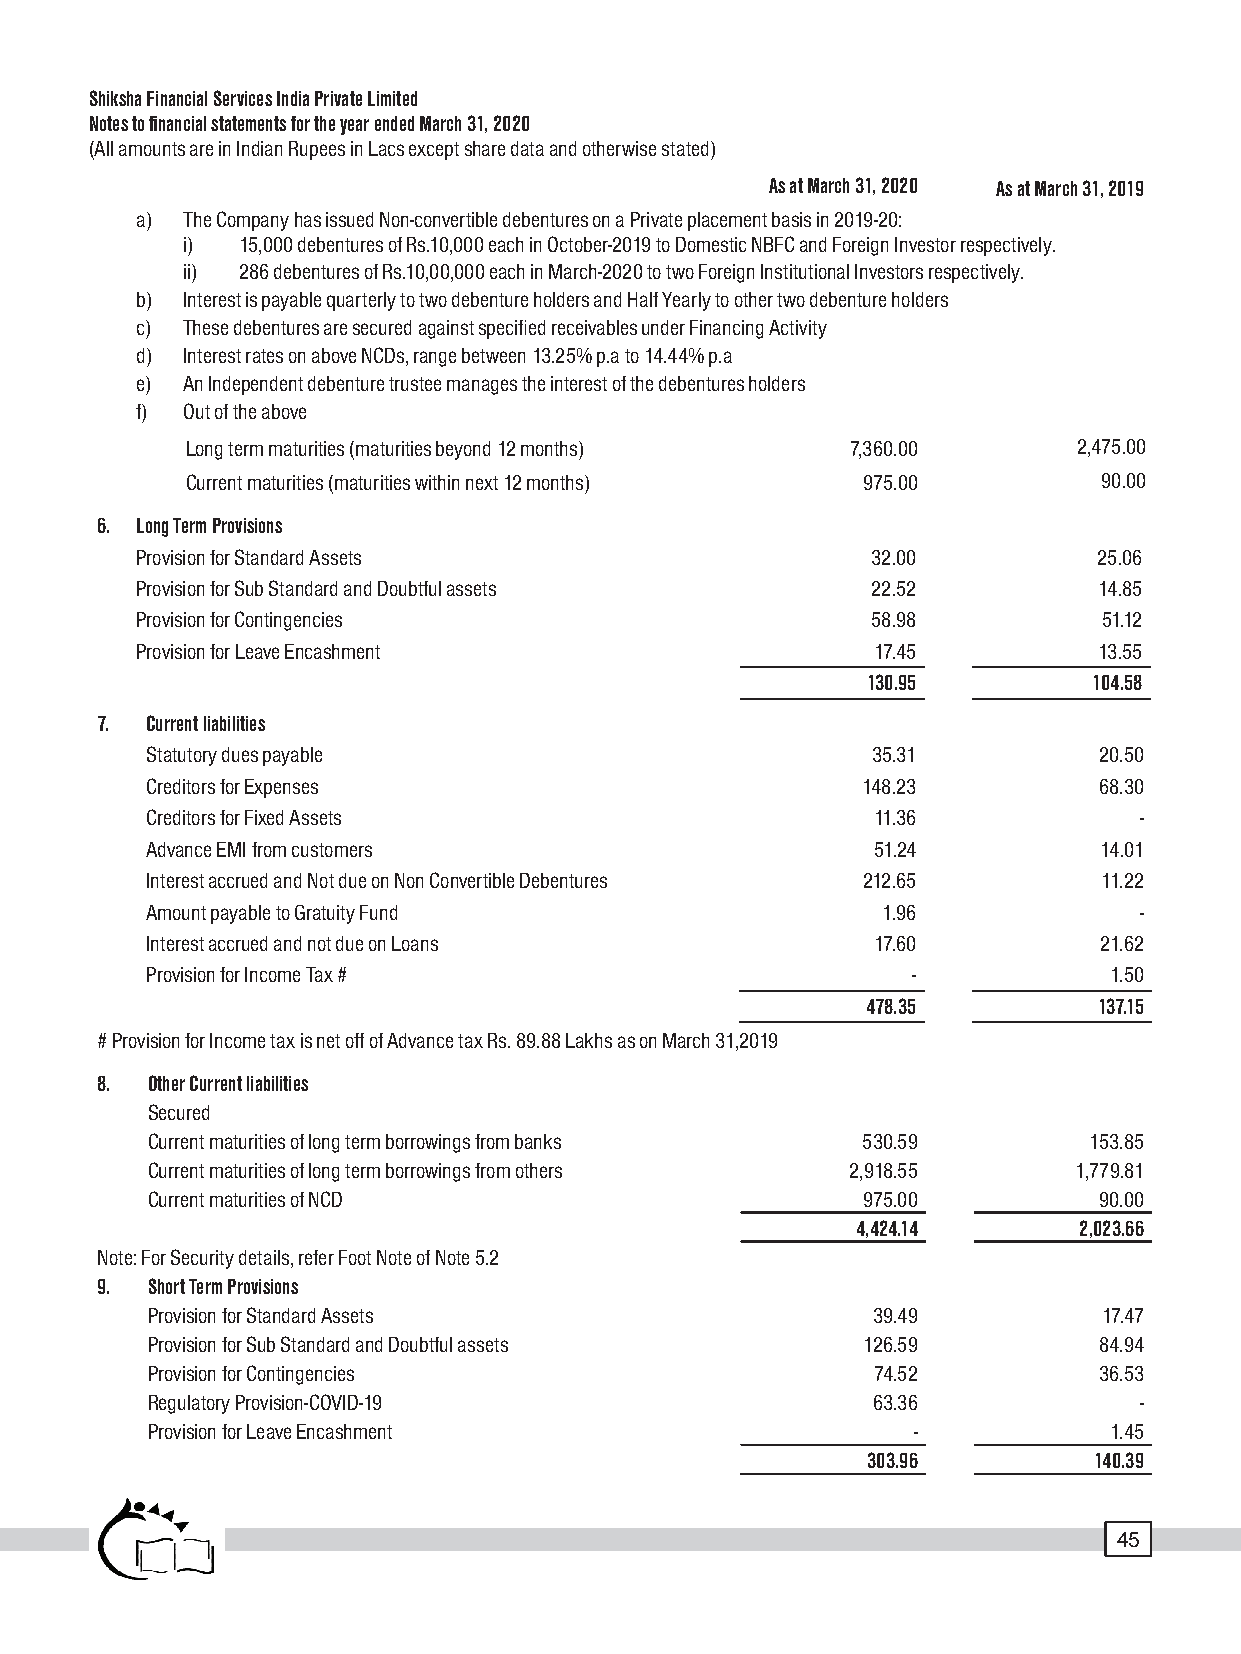
Shiksha Financial Services India Private Limited
 Notes to financial statements for the year ended March 31, 2020
 (All amounts are in Indian Rupees in Lacs except share data and otherwise stated)
 As at March 31, 2020 As at March 31, 2019
 a) The Company has issued Non-convertible debentures on a Private placement basis in 2019-20:
 i)  15,000 debentures of Rs.10,000 each in October-2019 to Domestic NBFC and Foreign Investor respectively.
 ii) 286 debentures of Rs.10,00,000 each in March-2020 to two Foreign Institutional Investors respectively.
 b) Interest is payable quarterly to two debenture holders and Half Yearly to other two debenture holders
 c) These debentures are secured against specified receivables under Financing Activity
 d) Interest rates on above NCDs, range between 13.25% p.a to 14.44% p.a
 e) An Independent debenture trustee manages the interest of the debentures holders
 f) Out of the above
 Long term maturities (maturities beyond 12 months) 7,360.00 2,475.00
 Current maturities (maturities within next 12 months) 975.00 90.00
 6. Long Term Provisions
 Provision for Standard Assets                    32.00          25.06
 Provision for Sub Standard and Doubtful assets   22.52          14.85
 Provision for Contingencies                      58.98          51.12
 Provision for Leave Encashment                   17.45          13.55
 130.95         104.58
 7.  Current liabilities
 Statutory dues payable                          35.31          20.50
 Creditors for Expenses                         148.23          68.30
 Creditors for Fixed Assets                      11.36            -
 Advance EMI from customers                      51.24          14.01
 Interest accrued and Not due on Non Convertible Debentures 212.65 11.22
 Amount payable to Gratuity Fund                 1.96             -
 Interest accrued and not due on Loans           17.60          21.62
 Provision for Income Tax #                        -            1.50
 478.35          137.15
 # Provision for Income tax is net off of Advance tax Rs. 89.88 Lakhs as on March 31,2019
 8.  Other Current liabilities
 Secured
 Current maturities of long term borrowings from banks 530.59  153.85
 Current maturities of long term borrowings from others 2,918.55 1,779.81
 Current maturities of NCD                      975.00          90.00
 4,424.14      2,023.66
 Note: For Security details, refer Foot Note of Note 5.2
 9.  Short Term Provisions
 Provision for Standard Assets                   39.49          17.47
 Provision for Sub Standard and Doubtful assets 126.59          84.94
 Provision for Contingencies                     74.52          36.53
 Regulatory Provision-COVID-19                   63.36            -
 Provision for Leave Encashment                    -            1.45
 303.96         140.39
 45